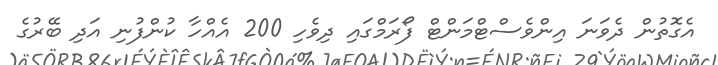
އެގޮތުން ދެވަނަ އިންވެސްޓްމަންޓް ފޯރަމްގައި ދިވެހި 200 އެއްހާ ކުންފުނި އަދި ބޭރުގެ